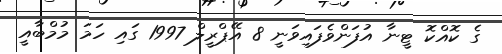
ގެ ކޮއްކޮ ޓީނާ އުފަންވެފައިވަނީ 8 އޭޕްރީލް 1997 ގައި ހަމަ މުމްބާއީ